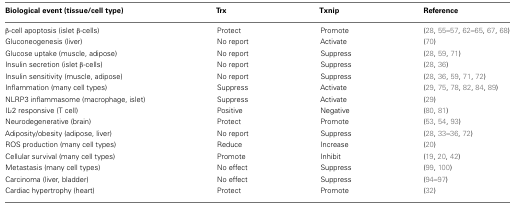
| Biological event (tissue/cell type) | Trx | Txnip | Reference |
 | --- | --- | --- | --- |
 | β-cell apoptosis (islet β-cells) | Protect | Promote | (28, 55–57, 62–65, 67, 68) |
 | Gluconeogenesis (liver) | No report | Activate | (70) |
 | Glucose uptake (muscle, adipose) | No report | Suppress | (28, 59, 71) |
 | Insulin secretion (islet β-cells) | No report | Suppress | (28, 36) |
 | Insulin sensitivity (muscle, adipose) | No report | Suppress | (28, 36, 59, 71, 72) |
 | Inflammation (many cell types) | Suppress | Activate | (29, 75, 78, 82, 84, 89) |
 | NLRP3 inflammasome (macrophage, islet) | Suppress | Activate | (29) |
 | IL-2 responsive (T cell) | Positive | Negative | (80, 81) |
 | Neurodegenerative (brain) | Protect | Promote | (53, 54, 93) |
 | Adiposity/obesity (adipose, liver) | No report | Suppress | (28, 33–36, 72) |
 | ROS production (many cell types) | Reduce | Increase | (20) |
 | Cellular survival (many cell types) | Promote | Inhibit | (19, 20, 42) |
 | Metastasis (many cell types) | No effect | Suppress | (99, 100) |
 | Carcinoma (liver, bladder) | No effect | Suppress | (94–97) |
 | Cardiac hypertrophy (heart) | Protect | Promote | (32) |